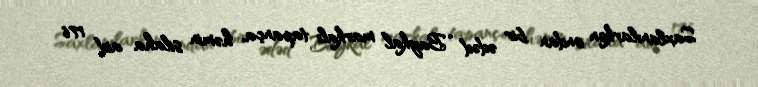
Saxlanılarkən ondan bir ədəd “Baykal” markalı tapança, həmin silaha aid 176